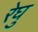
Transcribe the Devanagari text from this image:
रेघु